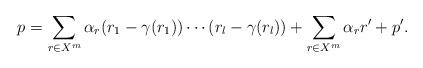
LaTeX: \begin{align*}p=\sum_{r\in X^m} \alpha_r(r_1-\gamma(r_1))\cdots (r_l-\gamma(r_l))+\sum_{r\in X^m} \alpha_r r^\prime+ p^\prime.\end{align*}